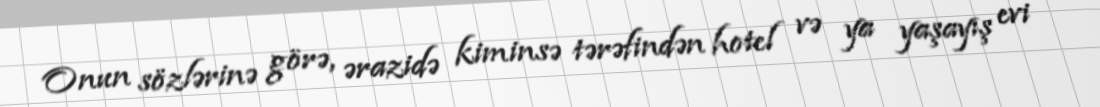
Onun sözlərinə görə, ərazidə kiminsə tərəfindən hotel və ya yaşayış evi